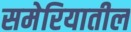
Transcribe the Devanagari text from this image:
समेरियातील